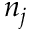
n _ { j }